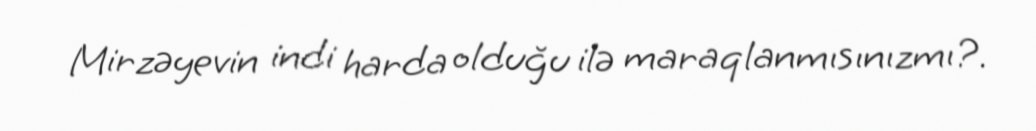
Mirzəyevin indi harda olduğu ilə maraqlanmısınızmı?.